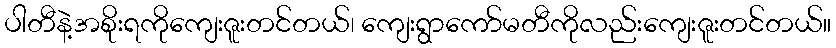
ပါတီနဲ့အစိုးရကိုကျေးဇူးတင်တယ်၊ ကျေးရွာကော်မတီကိုလည်းကျေးဇူးတင်တယ်။